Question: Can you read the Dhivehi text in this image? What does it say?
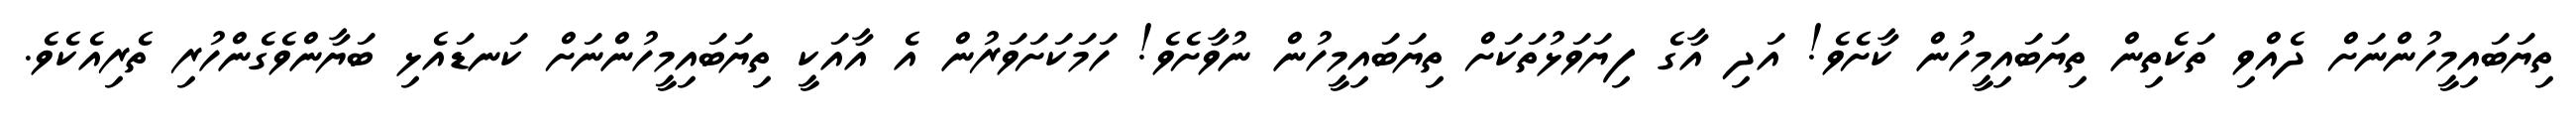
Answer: ތިޔަބައިމީހުންނަށް ދެއްވި ތަކެތިން ތިޔަބައިމީހުން ކާށެވެ! އަދި އާގެ ފިޔަވަޅުތަކަށް ތިޔަބައިމީހުން ނުވާށެވެ! ހަމަކަށަވަރުން އެ އާއަކީ ތިޔަބައިމީހުންނަށް ކަނޑައެޅި ބަޔާންވެގެންހުރި ތެރިއެކެވެ.